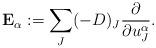
LaTeX: \begin{align*}\bold{E}_{\alpha}:=\sum_J(-D)_J\frac{\partial}{\partial u_J^{\alpha}}.\end{align*}